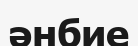
әнбие